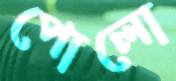
পোলো